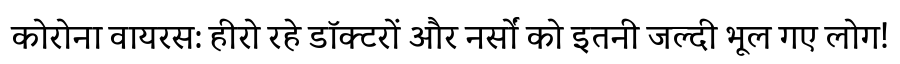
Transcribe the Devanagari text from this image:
कोरोना वायरस: हीरो रहे डॉक्टरों और नर्सों को इतनी जल्दी भूल गए लोग!